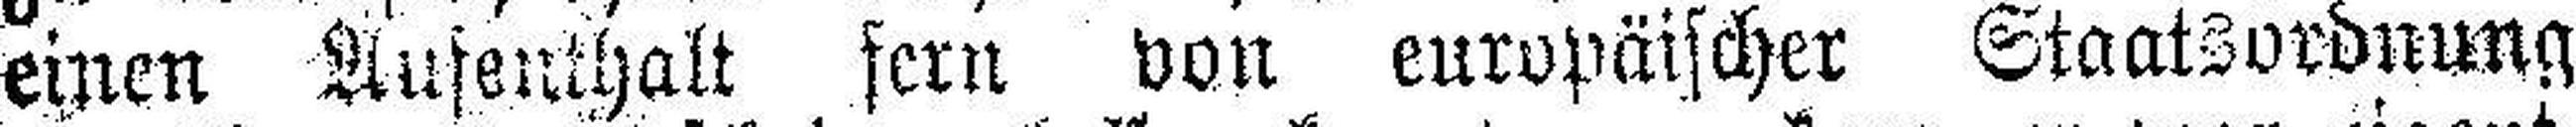
einen Aufenthalt fern von europäischer Staatsordnung